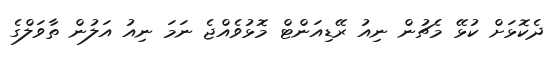
ދެކޮޅަށް ކުޅޭ މެޗުން ނިއު ރޭޑިއަންޓް މޮޅުވެއްޖެ ނަމަ ނިއު އަލުން ތާވަލްގެ